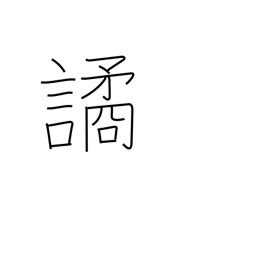
Meaning: deceive